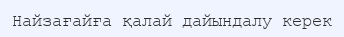
Найзағайға қалай дайындалу керек